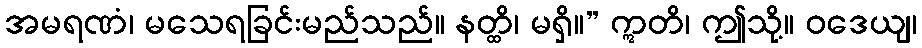
အမရဏံ၊ မသေရခြင်းမည်သည်။ နတ္ထိ၊ မရှိ။” ဣတိ၊ ဤသို့။ ဝဒေယျ၊